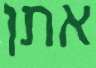
אתן